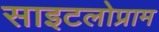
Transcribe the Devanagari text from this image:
साइटलोप्राम